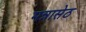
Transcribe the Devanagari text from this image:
मन्नासेठ